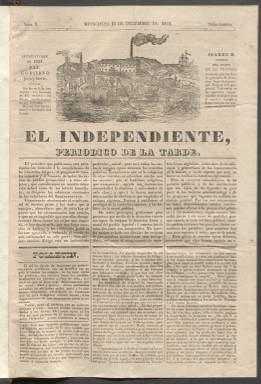
Título: El Independiente (Madrid. 1841)
Colección: Periódicos
Ámbito geográfico: Madrid
Lugar de publicación: Madrid
Fechas: 15/12/1841-30/06/1842